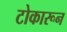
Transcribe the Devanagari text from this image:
टोकारून